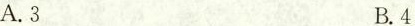
A.3 B.4